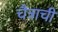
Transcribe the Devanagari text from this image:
चैत्राची